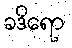
ခဒိရော